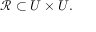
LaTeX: { \mathcal { R } } \subset U \times U .